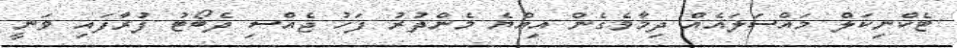
ޓެކްނިކަލް މައްސަލައެއް ދިމާވެގެން އިއްޔެ މެންދުރު ފަހު ޖެއްސި ދެބޯޓު ފުރާފައި ވަނީ